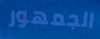
الجمهور